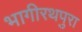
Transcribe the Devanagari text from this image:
भागीरथपुरा